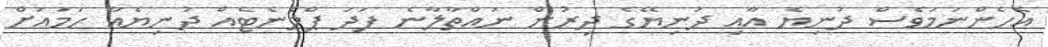
އެހެންނަމަވެސް ދުނިޔެ އާއި ދުނިޔޭގެ ދިރުން ނައްތާލާނެ ފަދަ ޕްލެނެޓެއް ދުނިޔެއާ ހަމައަށް